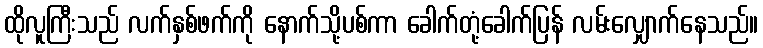
ထိုလူကြီးသည် လက်နှစ်ဖက်ကို နောက်သို့ပစ်ကာ ခေါက်တုံ့ခေါက်ပြန် လမ်းလျှောက်နေသည်။